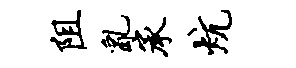
阻乱承炕